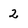
Character: 2